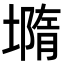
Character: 𡐦